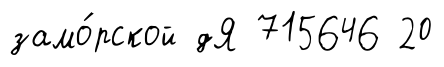
замо́рской дЯ 715646 20